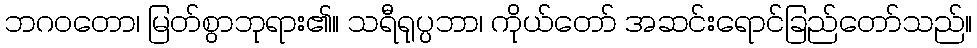
ဘဂဝတော၊ မြတ်စွာဘုရား၏။ သရီရုပ္ပဘာ၊ ကိုယ်တော် အဆင်းရောင်ခြည်တော်သည်။